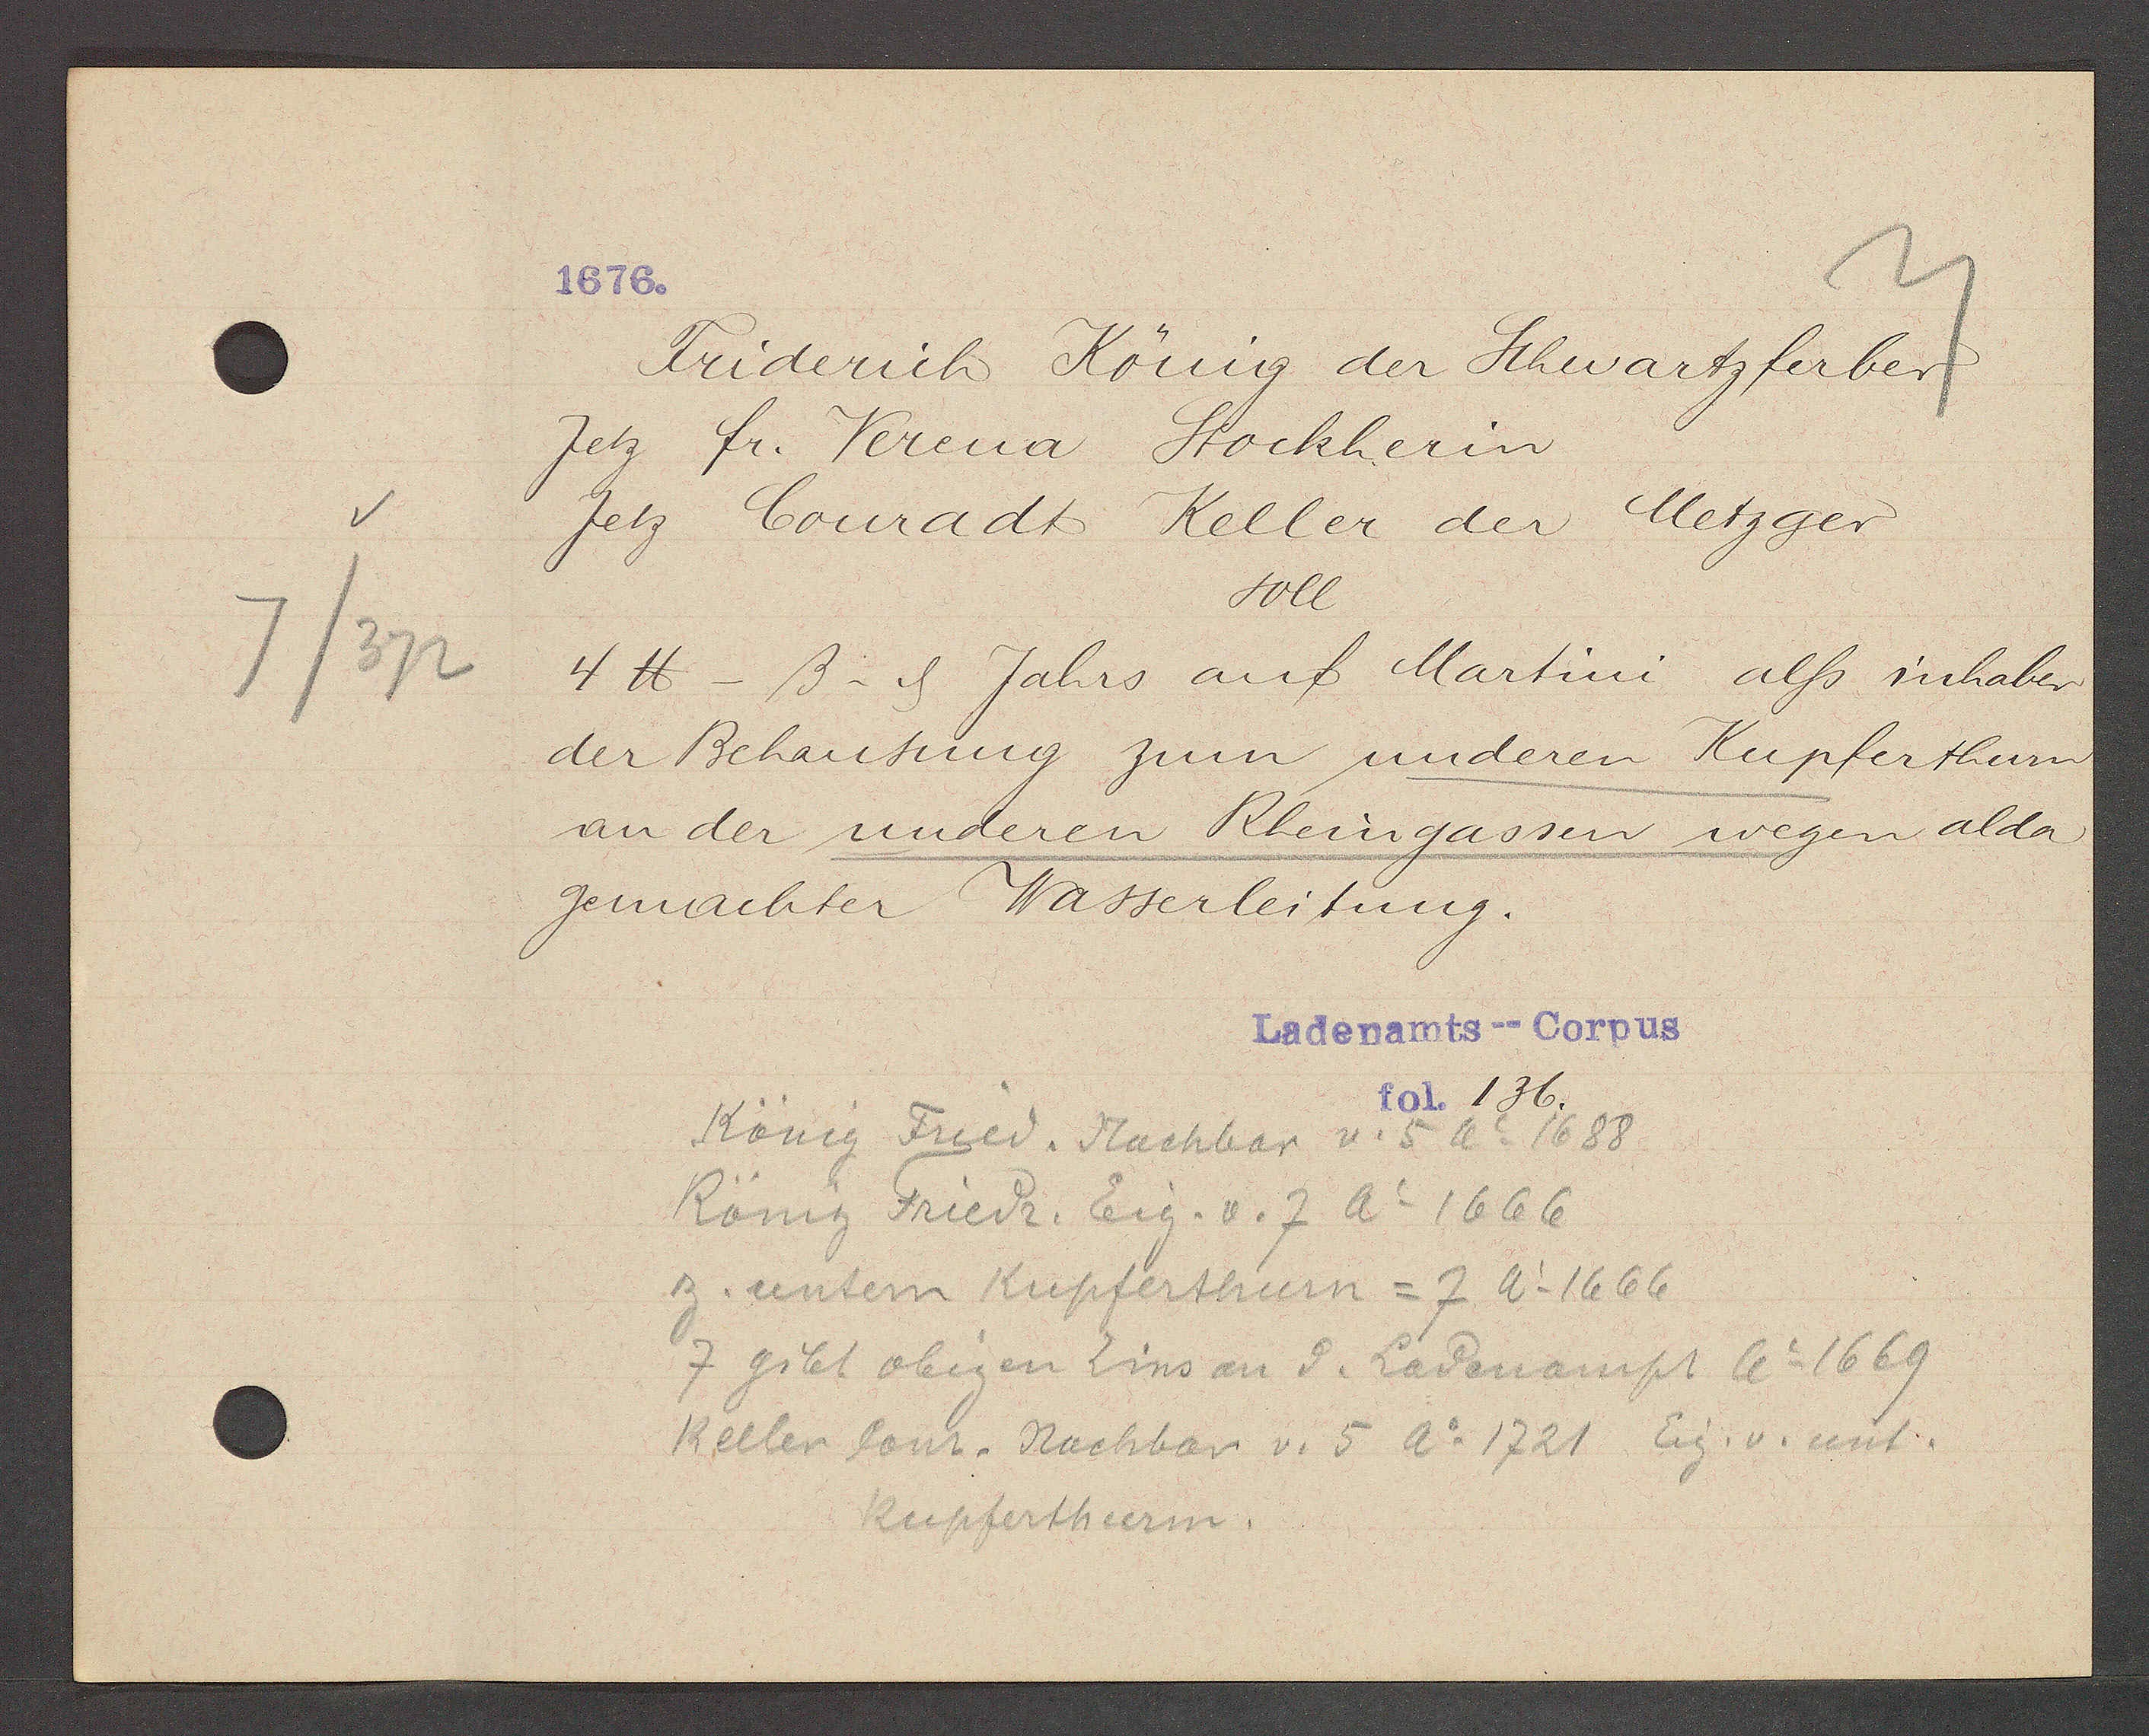
Transcript:
7/372

1676.

Friderich König der Schwartzferber
Jetz fr. Verena Stockherin
Jetz Conradt Keller der Metzger
soll
4 ℔ -ß- ȡ Jahrs auf Martini als inhaber
Kupferthurn
der Behausung zum underen
an der underen Rheingassen wegen alda
gemachter Wasserleitung.

Ladenamts--Corpus
fol. 136.

König Fried. Flachbar v. 5 Ao 1688
König Friedr. Eig. v. 7 Ao 1666
z. untern Kupferthurn = 7 Ao 1666
7 gibt obigen Zins an d. Ladenampt Ao 1669
Kellen Conr. Nachbar v. 5 Ao 1721 Eig. v. unt.
Kupferthurm.